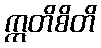
ဣတိစိတိ